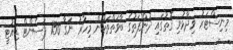
މިނިސްޓަރު ވިދާޅުވި ގޮތުގައި ދުންފަތުގެ ބާވަތްތަކުން މިހާރު ނަގާ 150 ޕަސެންޓް ޑިއުޓީ